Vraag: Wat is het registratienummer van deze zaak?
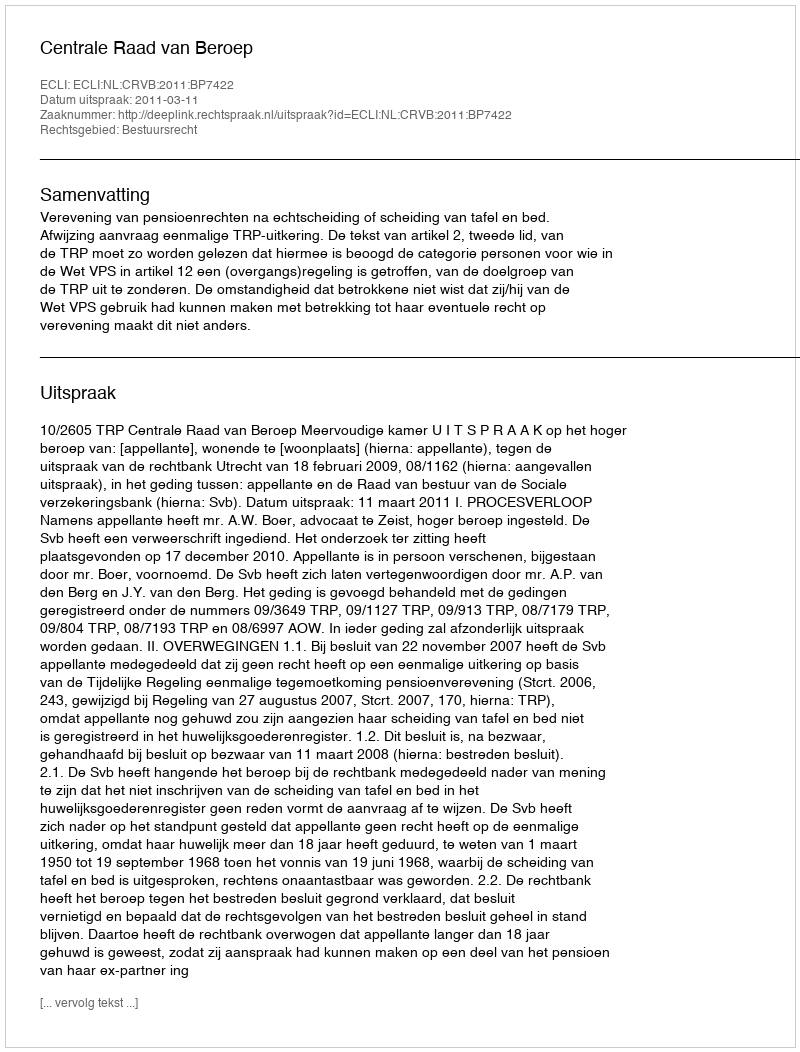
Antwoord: http://deeplink.rechtspraak.nl/uitspraak?id=ECLI:NL:CRVB:2011:BP7422